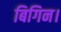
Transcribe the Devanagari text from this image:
बिगिन।